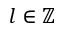
l \in \mathbb Z